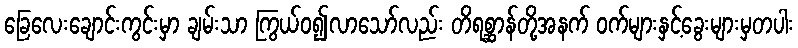
ခြေလေးချောင်းကွင်းမှာ ချမ်းသာ ကြွယ်ဝ၍လာသော်လည်း တိရစ္ဆာန်တို့အနက် ဝက်များနှင့်ခွေးများမှတပါး